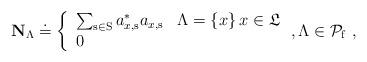
LaTeX: \begin{align*}\mathbf{N}_{\Lambda }\doteq \left\{ \begin{array}{ll}\sum_{\mathrm{s}\in \mathrm{S}}a_{x,\mathrm{s}}^{\ast }a_{x,\mathrm{s}} & \Lambda =\left\{ x\right\} x\in \mathfrak{L} \\ 0 & \end{array}\right. ,\Lambda \in \mathcal{P}_{\mathrm{f}}\ ,\end{align*}